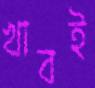
খাবই